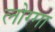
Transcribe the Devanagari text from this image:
लोग्गा